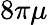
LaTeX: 8\pi\mu